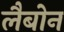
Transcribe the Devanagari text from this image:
लैबोन